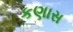
કણાસ